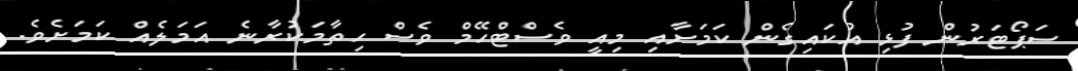
ސަޕޯޓަރުން ފުޅި އުކައިގެން ކަމަށާއި މިއީ ވެސްޓްހޭމް ވެސް ހިތާމަކުރާނެ އަމަލެއް ކަމަށެވެ.